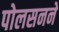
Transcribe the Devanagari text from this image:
पोलसनने